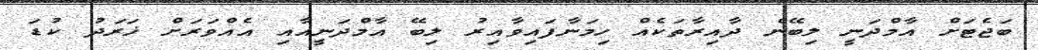
ބަޖެޓަށް އާމްދަނީ ލިބޭނެ ދާއިރާތަކެއް ހިމަނާފައިވާއިރު ލިބޭ އާމްދަނީއާއި އެއްވަރަށް ޚަރަދު ކުޑަ